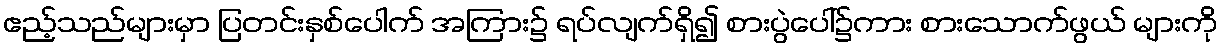
ဧည့်သည်များမှာ ပြတင်းနှစ်ပေါက် အကြား၌ ရပ်လျက်ရှိ၍ စားပွဲပေါ်၌ကား စားသောက်ဖွယ် များကို